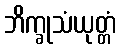
ဘိက္ခုသံယုတ္တံ